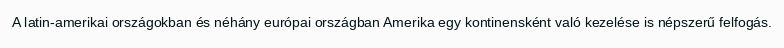
A latin-amerikai országokban és néhány európai országban Amerika egy kontinensként való kezelése is népszerű felfogás.